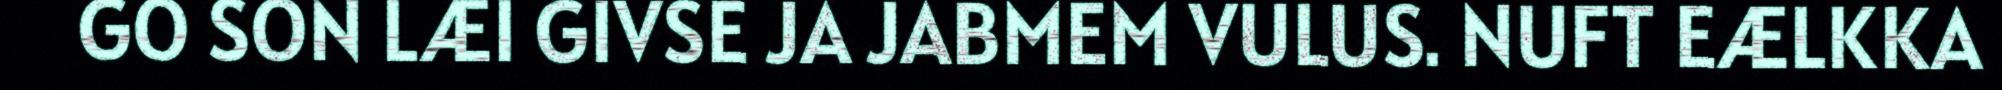
GO SON LÆI GIVSE JA JABMEM VULUS. NUFT EÆLKKA